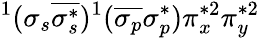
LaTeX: ^1(\sigma_{s}\overline{{\sigma_{s}^{*}}})^{1}(\overline{{\sigma_{p}}}\sigma_{p}^{*})\pi_{x}^{*2}\pi_{y}^{*2}